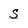
Character: s